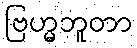
ဗြဟ္မဘူတာ